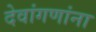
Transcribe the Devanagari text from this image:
देवांगणांना